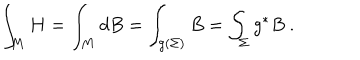
\int _ { M } H = \int _ { M } d B = \int _ { g ( \Sigma ) } B = \int _ { \Sigma } g ^ { * } B ~ .